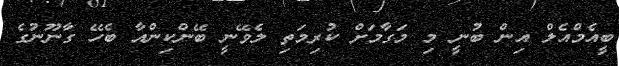
ބީއެމްއެލް އިން ބުނީ މި މަގާމަށް ކުރިމަތި ލެވޭނީ ބޭންކިންއާ ބެހޭ ގާނޫނުގެ